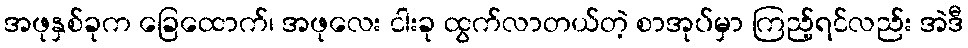
အဖုနှစ်ခုက ခြေထောက်၊ အဖုလေး ငါးခု ထွက်လာတယ်တဲ့ စာအုပ်မှာ ကြည့်ရင်လည်း အဲဒီ